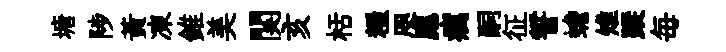
塘陟黃凍錐美関亥栝糧咫應癘嗣征誓蟾雉蹤毎